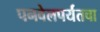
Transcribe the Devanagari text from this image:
पनवेलपर्यंतचा